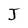
Character: J